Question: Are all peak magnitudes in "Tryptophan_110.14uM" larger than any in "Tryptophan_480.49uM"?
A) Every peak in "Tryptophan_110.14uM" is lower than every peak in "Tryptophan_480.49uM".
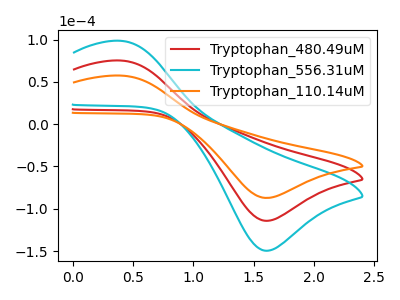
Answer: <think>The red curve "Tryptophan_480.49uM" has an anodic peak at (0.40V, 75.10uA) and a cathodic peak at (1.60V, -114.15uA). The cyan curve "Tryptophan_556.31uM" has an anodic peak at (0.40V, 150.15uA) and a cathodic peak at (1.60V, -228.35uA). The orange curve "Tryptophan_110.14uM" has an anodic peak at (0.40V, 57.30uA) and a cathodic peak at (1.60V, -87.15uA).</think>
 <answer>A) Every peak in "Tryptophan_110.14uM" is lower than every peak in "Tryptophan_480.49uM".</answer>
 <eval>A</eval>